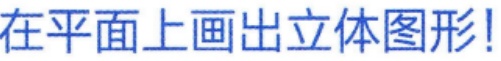
在平面上画出立体图形!